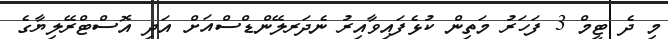
މި ދެ ޓީމް 3 ފަހަރު މަތިން ކުޅެފައިވާއިރު ނެދަރލޭންޑްސްއަށް އަދި އޮސްޓްރޭލިޔާގެ